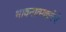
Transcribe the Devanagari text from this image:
भावनात्मकतेचे